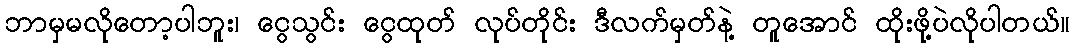
ဘာမှမလိုတော့ပါဘူး၊ ငွေသွင်း ငွေထုတ် လုပ်တိုင်း ဒီလက်မှတ်နဲ့ တူအောင် ထိုးဖို့ပဲလိုပါတယ်။